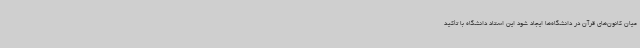
میان کانون‌های قرآن در دانشگاه‌ها ایجاد شود این استاد دانشگاه با تأکید